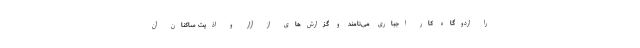
را اردوگاه کار اجباری می‌نامند و گزارش‌های از آزار و اذیت ساکنان آن